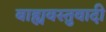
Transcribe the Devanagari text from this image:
बाह्यवस्तुवादी